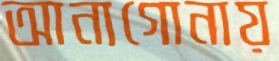
আনাগোনায়